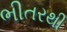
ભીતરથી